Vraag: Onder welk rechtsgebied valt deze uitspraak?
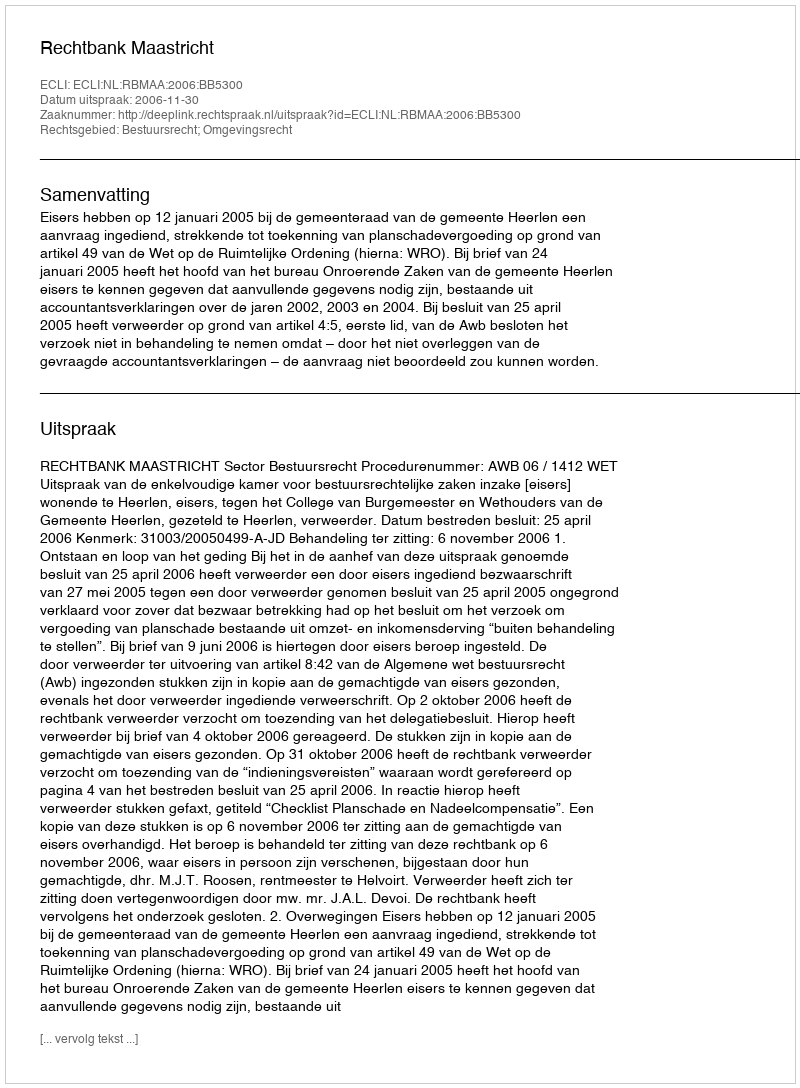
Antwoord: Bestuursrecht; Omgevingsrecht